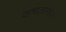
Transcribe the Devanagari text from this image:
वाचतात१२